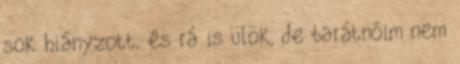
sok hiányzott, és rá is ülök, de barátnőim nem